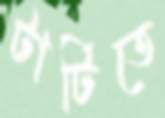
টার্টিতে